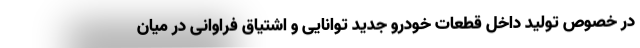
در خصوص تولید داخل قطعات خودرو جدید توانایی و اشتیاق فراوانی در میان